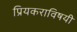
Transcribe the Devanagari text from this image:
प्रियकराविषयी